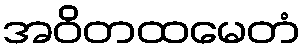
အဝိတထမေတံ